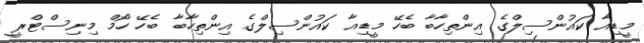
މީޑިއާ ކައުންސިލްގެ އިންތިހާބާ ބެހޭ މީޑިއާ ކައުންސިލްގެ އިންތިހާބާ ބެހޭ ހޯމް މިނިސްޓްރީ